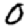
Digit: 0